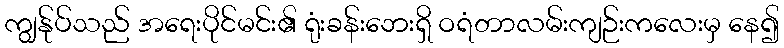
ကျွန်ုပ်သည် အရေးပိုင်မင်း၏ ရုံးခန်းဘေးရှိ ဝရံတာလမ်းကျဉ်းကလေးမှ နေ၍